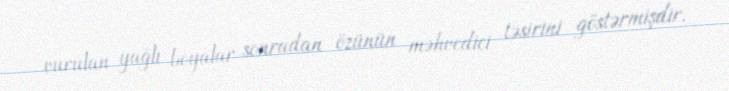
vurulan yağlı boyalar sonradan özünün məhvedici təsirini göstərmişdir.